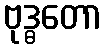
ဗုဒ္ဓတော